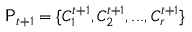
\mathsf { P } _ { t + 1 } = \{ C _ { 1 } ^ { t + 1 } , C _ { 2 } ^ { t + 1 } , . . . , C _ { r } ^ { t + 1 } \}